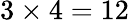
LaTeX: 3\times 4=12